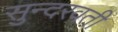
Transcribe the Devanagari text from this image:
सुन्दरवती